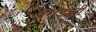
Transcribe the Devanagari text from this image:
पगडाही